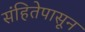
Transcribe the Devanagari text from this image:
संहितेपासून